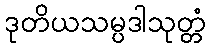
ဒုတိယသမ္ပဒါသုတ္တံ